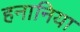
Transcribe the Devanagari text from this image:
हनानिया